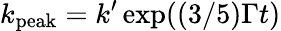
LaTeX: k_{\textrm{peak}}=k^{\prime}\exp((3/5)\Gamma t)